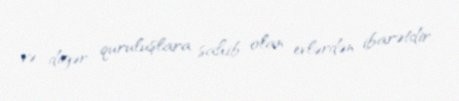
və digər quruluşlara sahib olan evlərdən ibarətdir.